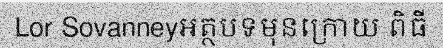
Lor Sovanneyអត្ថបទមុនក្រោយ ពិធី